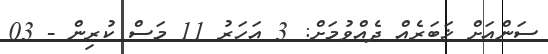
ސަންއަށް ޚަބަރެއް ދެއްވުމަށް: 3 އަހަރު 11 މަސް ކުރިން - 03